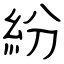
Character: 紛